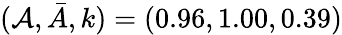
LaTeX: (\mathcal{A},\bar{{A}},k)=(0.96,1.00,0.39)